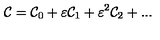
{ \cal C } = { \cal C } _ { 0 } + \varepsilon { \cal C } _ { 1 } + \varepsilon ^ { 2 } { \cal C } _ { 2 } + . . .